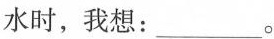
水时，我想:___。